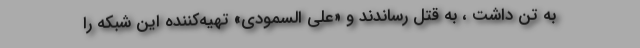
به تن داشت ، به قتل رساندند و «علی السمودی» تهیه‌کننده این شبکه را